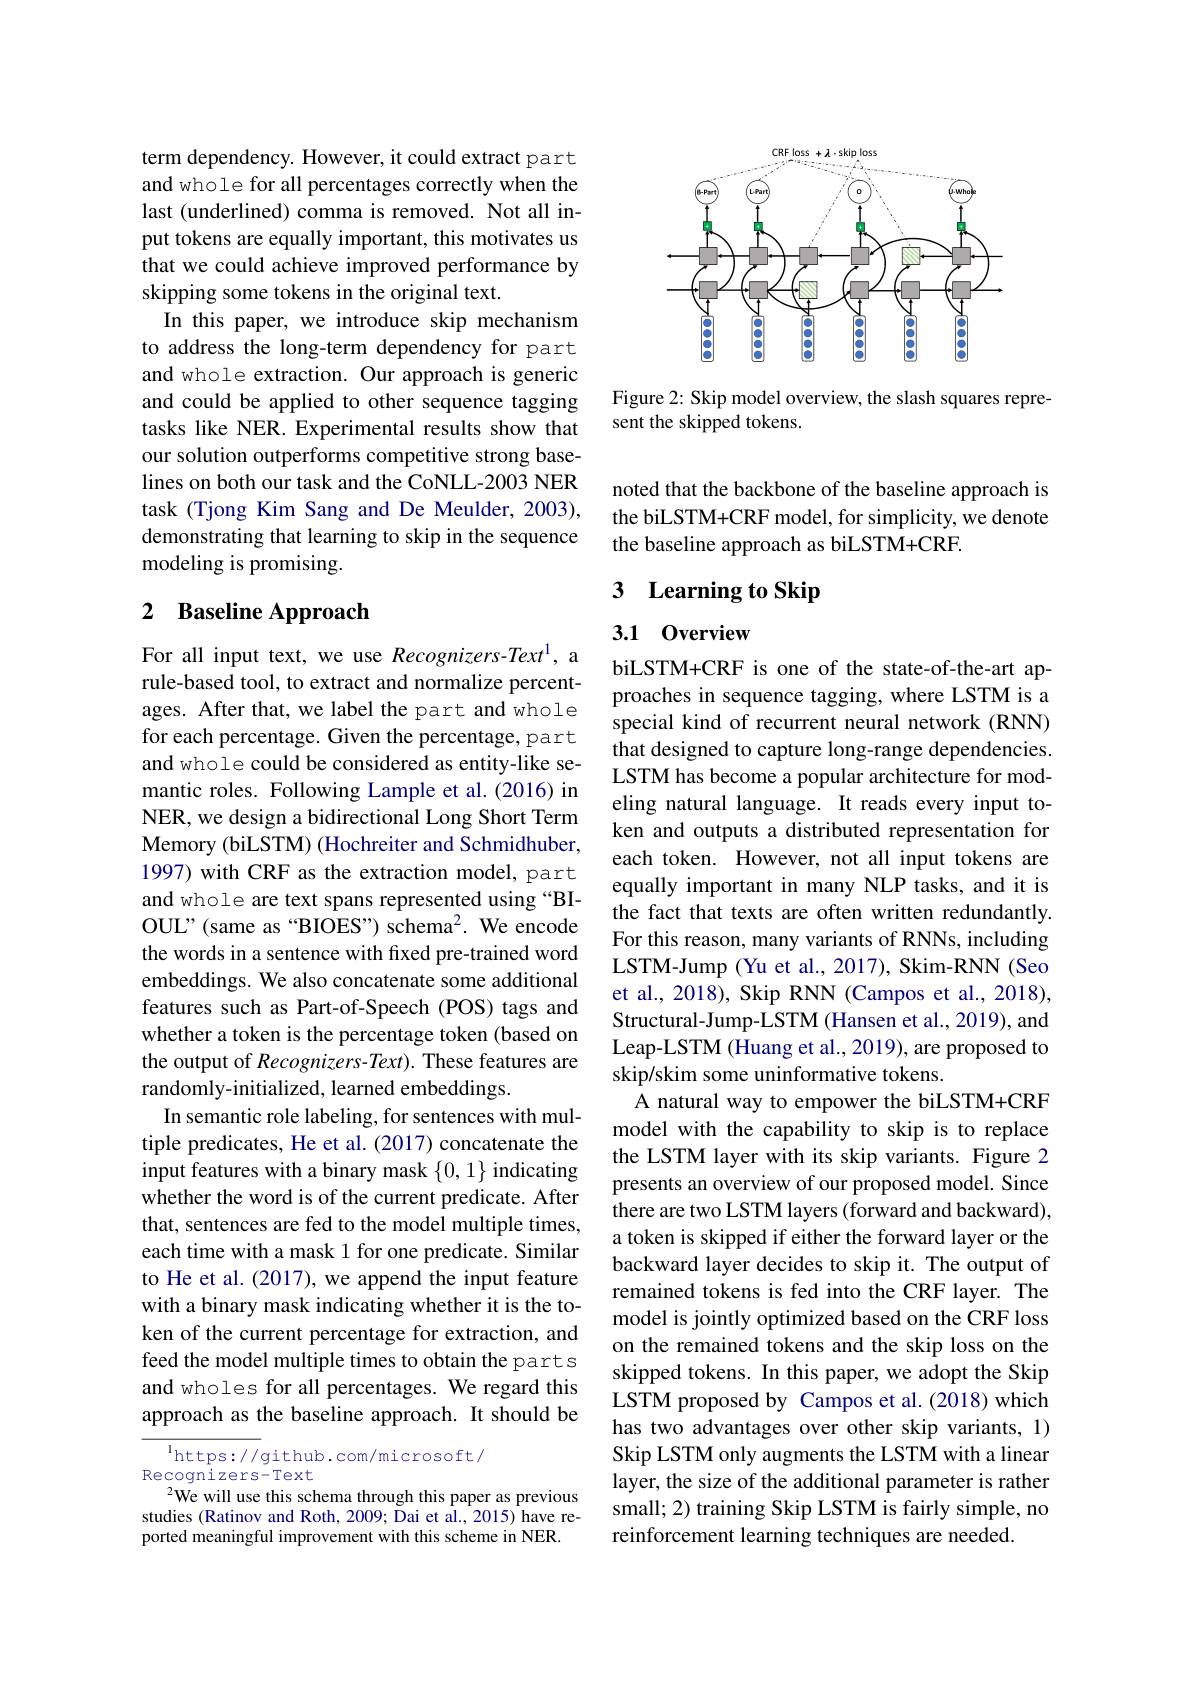
term dependency. However, it could extract part and whole for all percentages correctly when the last (underlined) comma is removed. Not all input tokens are equally important, this motivates us that we could achieve improved performance by skipping some tokens in the original text.
In this paper, we introduce skip mechanism to address the long-term dependency for part and whole extraction. Our approach is generic and could be applied to other sequence tagging tasks like NER. Experimental results show that our solution outperforms competitive strong baselines on both our task and the CoNLL-2003 NER task (Tjong Kim Sang and De Meulder, 2003), demonstrating that learning to skip in the sequence modeling is promising.

# 2 Baseline Approach

For all input text, we use Recognizers-Text', a rule-based tool, to extract and normalize percentages. After that, we label the part and whole for each percentage. Given the percentage, part and whole could be considered as entity-like semantic roles. Following Lample et al.(2016) in NER, we design a bidirectional Long Short Term Memory (biLSTM) (Hochreiter and Schmidhuber, 1997) with CRF as the extraction model, part and whole are text spans represented using “BIOUL" (same as“BIOES”) schema$^2.$ We encode the words in a sentence with fixed pre-trained word embeddings. We also concatenate some additional features such as Part-of-Speech (POS) tags and whether a token is the percentage token (based on the output of Recognizers-Text). These features are randomly-initialized, learned embeddings.
In semantic role labeling, for sentences with multiple predicates, He et al. (2017) concatenate the input features with a binary mask $\{0,1\}$ indicating whether the word is of the current predicate. After that, sentences are fed to the model multiple times, each time with a mask 1 for one predicate. Similar to He et al. (2017), we append the input feature with a binary mask indicating whether it is the token of the current percentage for extraction, and feed the model multiple times to obtain the part s and wholes for all percentages. We regard this approach as the baseline approach. It should be
$^{\mathrm{l}}$https://github.com/microsoft/

Recognizers-Text
$^{2}$We will use this schema through this paper as previous

studies (Ratinov and Roth, 2009; Dai et al., 2015) have reported meaningful improvement with this scheme in NER.

CRF loss + 2-skip loss
<FigureHere>

Figure 2: Skip model overview, the slash squares repre-
sent the skipped tokens.

noted that the backbone of the baseline approach is the biLSTM+CRF model, for simplicity, we denote the baseline approach as biLSTM+CRF.

# 3 Learning to Skip

# 3.1 Overview

biLSTM+CRF is one of the state-of-the-art approaches in sequence tagging, where LSTM is a special kind of recurrent neural network (RNN) that designed to capture long-range dependencies. LSTM has become a popular architecture for modeling natural language. It reads every input token and outputs a distributed representation for each token. However, not all input tokens are equally important in many NLP tasks, and it is the fact that texts are often written redundantly. For this reason, many variants of RNNs, including LSTM-Jump (Yu et al., 2017), Skim-RNN (Seo et al., 2018), Skip RNN (Campos et al., 2018), Structural-Jump-LSTM (Hansen et al., 2019), and Leap-LSTM (Huang et al., 2019), are proposed to skip/skim some uninformative tokens.
A natural way to empower the biLSTM+CRF model with the capability to skip is to replace the LSTM layer with its skip variants. Figure 2 presents an overview of our proposed model. Since there are two LSTM layers (forward and backward), a token is skipped if either the forward layer or the backward layer decides to skip it. The output of remained tokens is fed into the CRF layer. The model is jointly optimized based on the CRF loss on the remained tokens and the skip loss on the skipped tokens. In this paper, we adopt the Skip LSTM proposed by Campos et al.(2018) which has two advantages over other skip variants, 1) Skip LSTM only augments the LSTM with a linear layer, the size of the additional parameter is rather small; 2) training Skip LSTM is fairly simple, no reinforcement learning techniques are needed